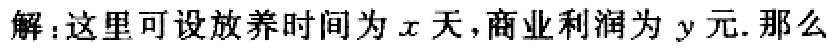
解：这里可设放养时间为\(x\)天，商业利润为\(y\)元. 那么